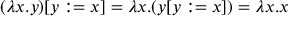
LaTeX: ( \lambda x . y ) [ y : = x ] = \lambda x . ( y [ y : = x ] ) = \lambda x . x